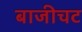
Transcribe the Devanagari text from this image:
बाजीचट